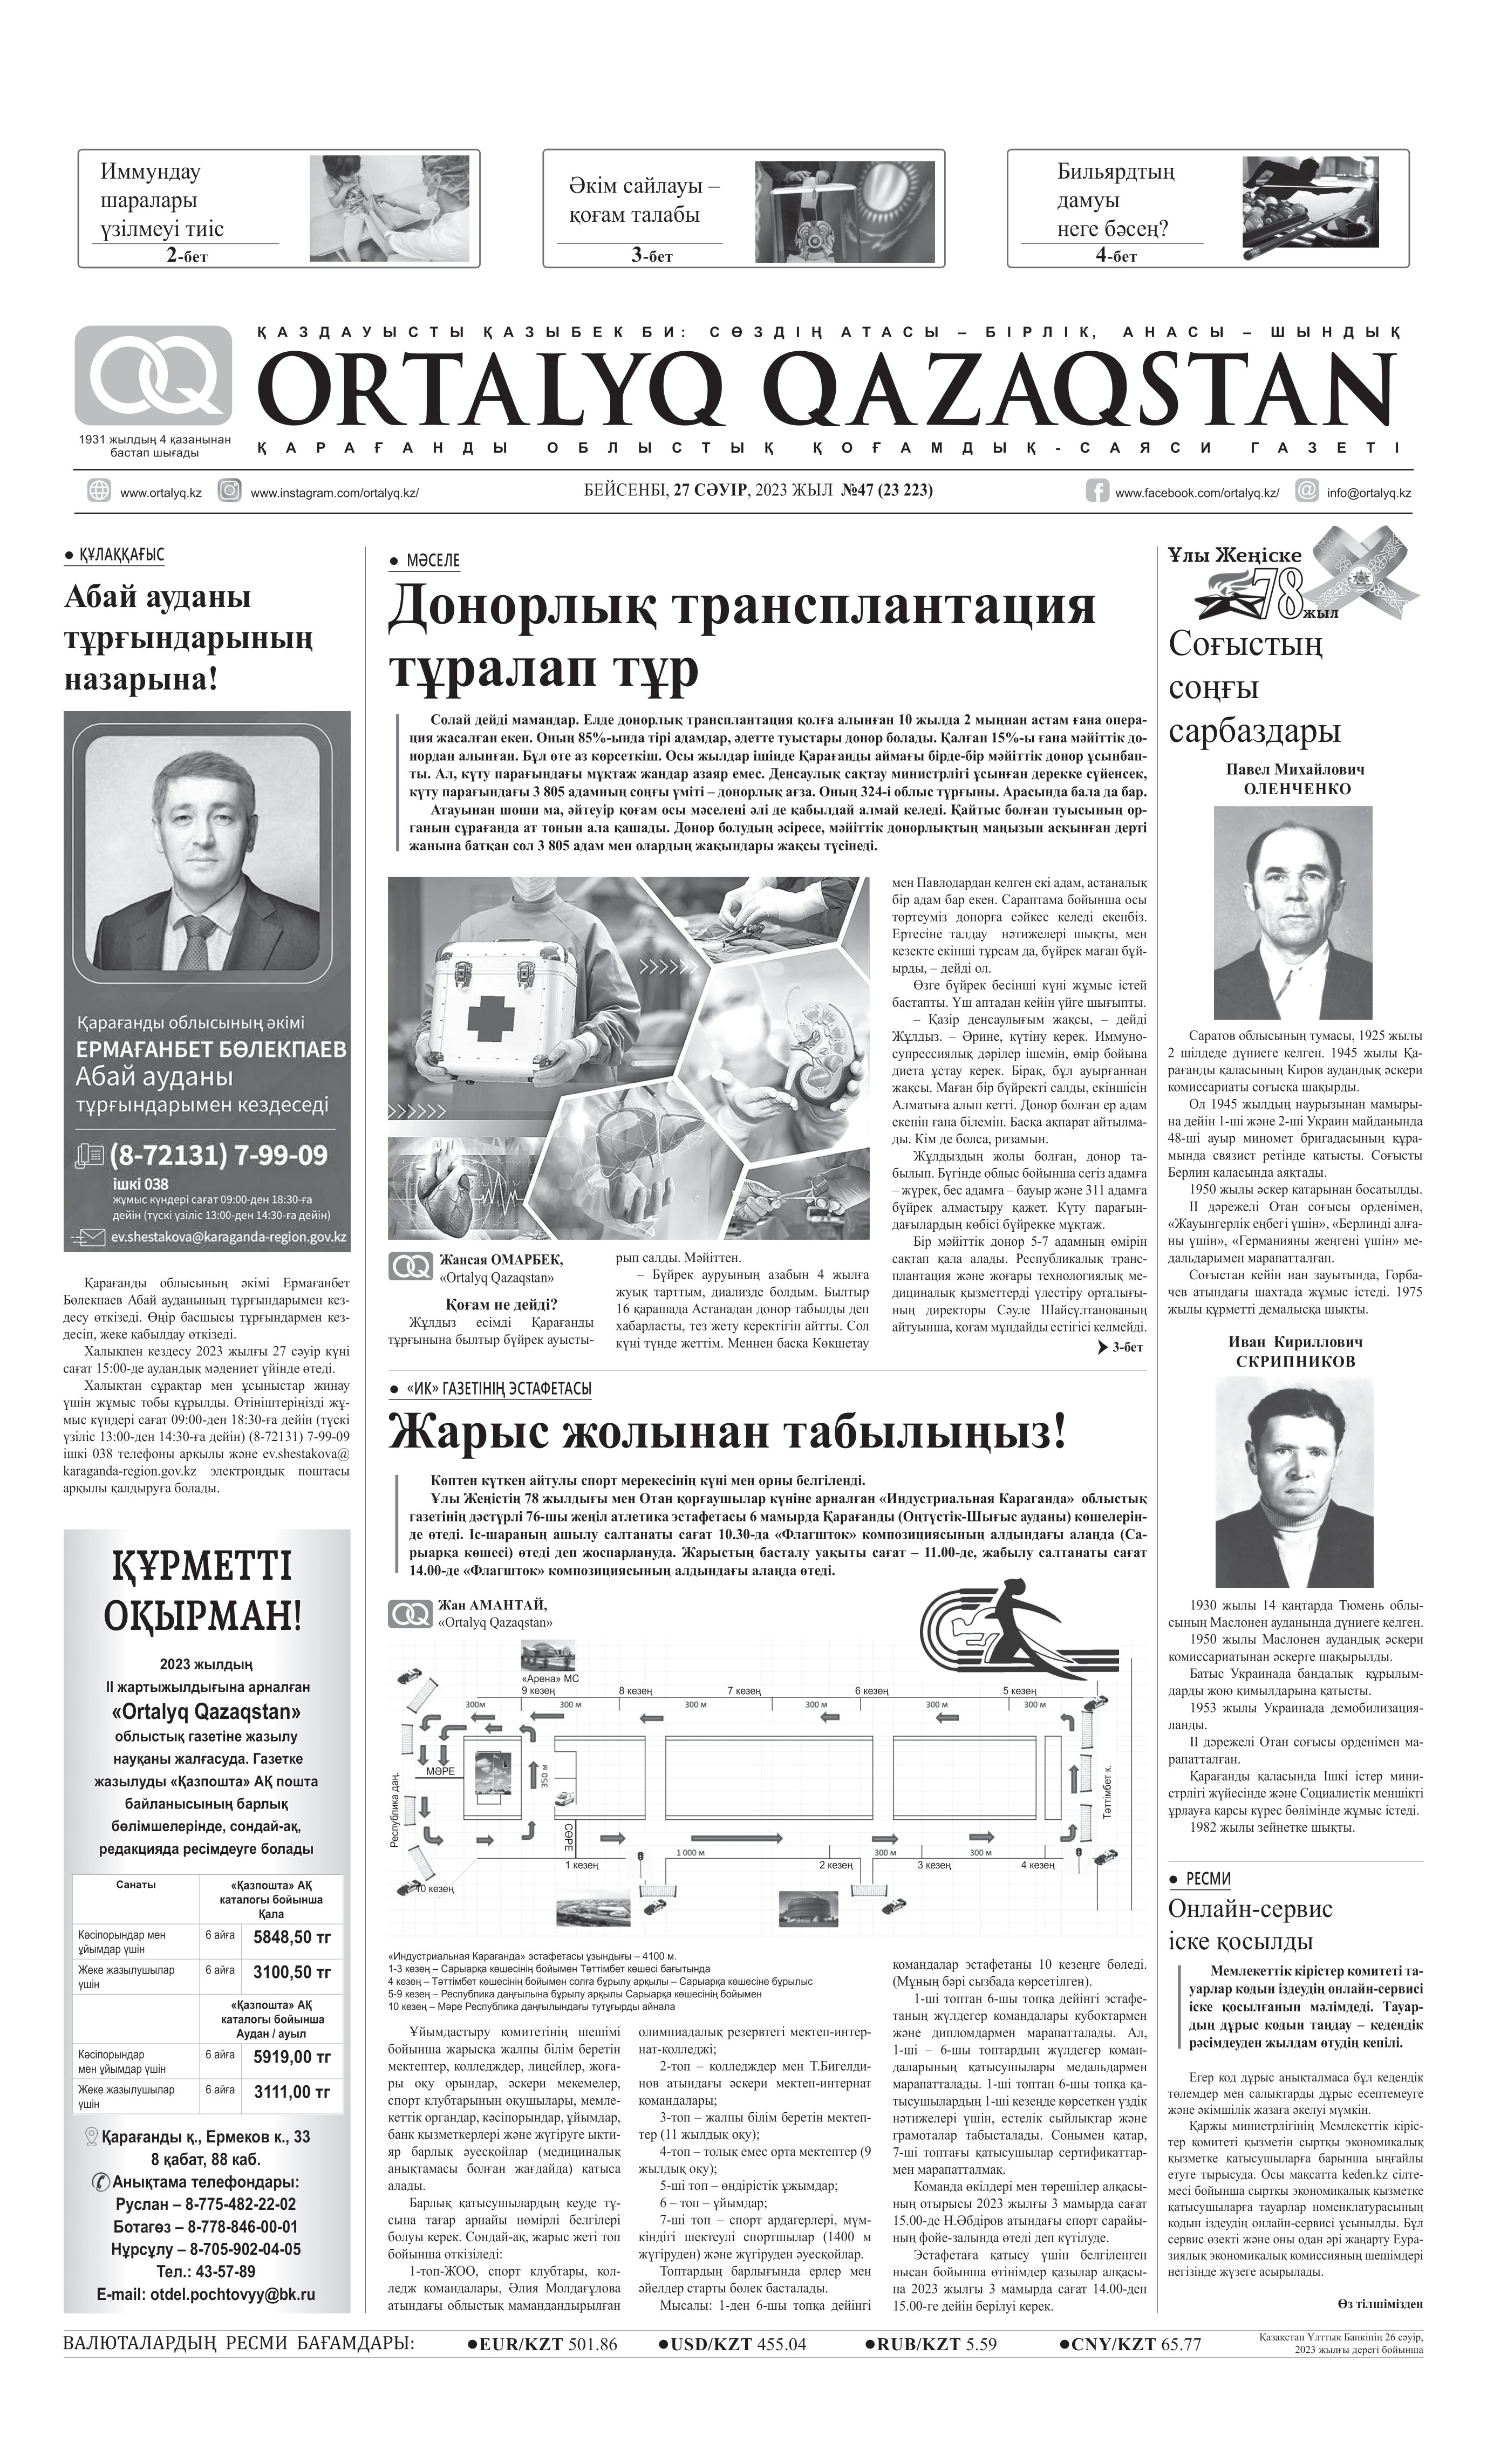
Language: kk